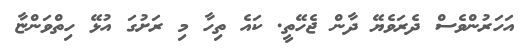
އަހަރުންވެސް ދެރަވެޔޭ ދާން ޖެހޭތީ. ކައެ ތިހާ މި ރަށުގަ އުޅޭ ހިތްވަންޏާ